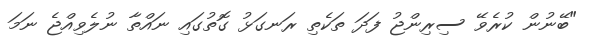
"ބޭނުން ކުރެވޭ ސިރިންޖު ފަދަ ތަކެތި ރަނގަޅު ގޮތުގައި ނައްތާ ނުލެވިއްޖެ ނަމަ